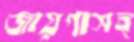
জায়গাসহ